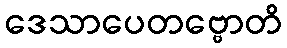
ဒေသာပေတဗ္ဗောတိ